Report of the Imperial Institute of Veterinary Research, Muktesar
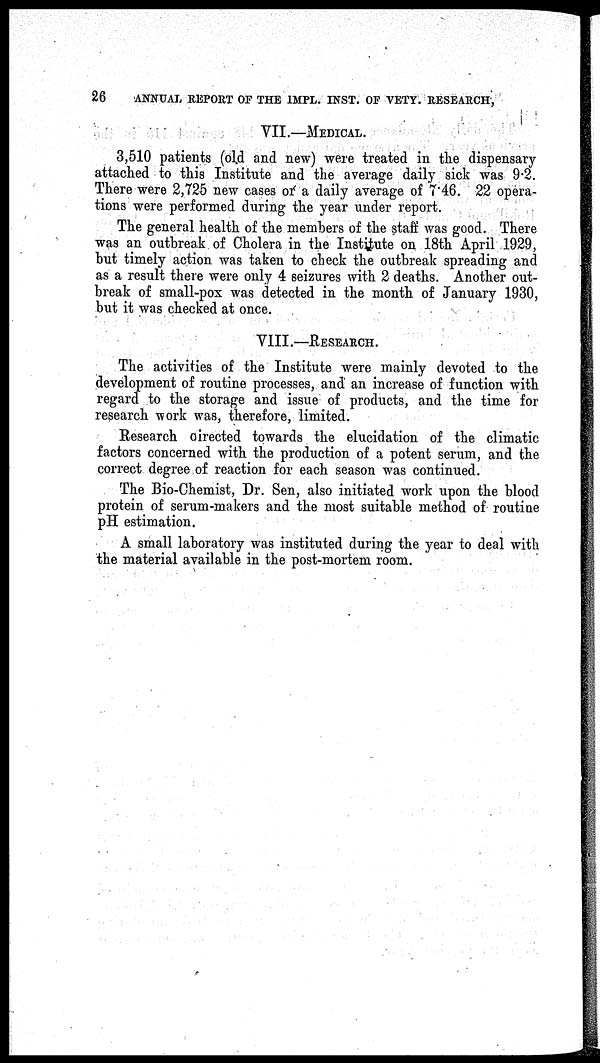
26
ANNUAL REPORT OF THE IMPL. INST. OF VETY. RESEARCH,
VII.—MEDICAL.
3,510 patients (old and new) were treated in the dispensary
attached to this Institute and the average daily sick was 9.2.
There were 2,725 new cases or a daily average of 7.46. 22 opera-
tions were performed during the year under report.
The general health of the members of the staff was good. There
was an outbreak of Cholera in the Institute on 18th April 1929,
but timely action was taken to check the outbreak spreading and
as a result there were only 4 seizures with 2 deaths. Another out-
break of small-pox was detected in the month of January 1930,
but it was checked at once.
VIII.—RESEARCH.
The activities of the Institute were mainly devoted to the
development of routine processes, and an increase of function with
regard to the storage and issue of products, and the time for
research work was, therefore, limited.
Research directed towards the elucidation of the climatic
factors concerned with the production of a potent serum, and the
correct degree of reaction for each season was continued.
The Bio-Chemist, Dr. Sen, also initiated work upon the blood
protein of serum-makers and the most suitable method of routine
pH estimation.
A small laboratory was instituted during the year to deal with
the material available in the post-mortem room.